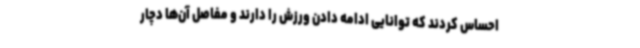
احساس کردند که توانایی ادامه دادن ورزش را دارند و مفاصل آن‌ها دچار